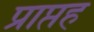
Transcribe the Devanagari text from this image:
प्राप्तह